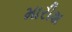
મારીશ